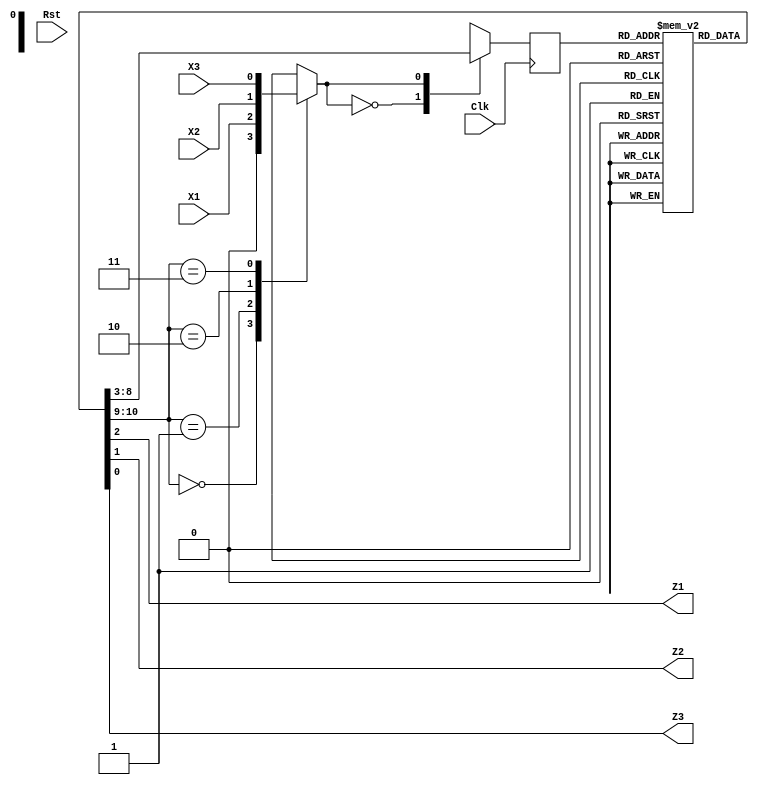
`timescale 1ns / 1ps
//////////////////////////////////////////////////////////////////////////////////
// Company: 
// Engineer: 
// 
// Design Name: 
// Module Name: HW3_SQTA_microprogram
// Project Name: 
// Target Devices: 
// Tool Versions: 
// Description: 
// 
// Dependencies: 
// 
// Revision:
// Revision 0.01 - File Created
// Additional Comments:
// 
//////////////////////////////////////////////////////////////////////////////////


module HW3_SQTA_microprogram( Clk, Rst, X1, X2, X3, Z1, Z2, Z3 );

input Clk, Rst, X1, X2, X3;
output Z1, Z2, Z3;
reg Z1, Z2, Z3;

//reg [0:10] LUT[0:6] = {11'b01001010000,
//                      11'b11110101100,
//                      11'b10011101000,
//                      11'b00100100010,
//                      11'b01000100100,
//                      11'b00000000001,
//                      11'b10101000010};
reg [10:0] LUT[0:6];
integer State;  
integer NextState;   
reg [1:0] TEST; 
reg [10:0] LUT_row;
reg select_input;         

initial begin
    LUT[0] = 11'b01001010000;
    LUT[1] = 11'b11110101100;
    LUT[2] = 11'b10011101000;
    LUT[3] = 11'b00100100010;
    LUT[4] = 11'b01000100100;
    LUT[5] = 11'b00000000001;
    LUT[6] = 11'b10101000010;
    State = 0;
    NextState = 0;
end

always @(X1 or X2 or X3) begin
    LUT_row = LUT[State];
    TEST = LUT_row[10:9];
    case(TEST)
        0: select_input = 1'b0;
        1: select_input = X1;
        2: select_input = X2;
        3: select_input = X3;
    endcase
    case(select_input)
        1'b0: NextState = LUT_row[8:6];
        1'b1: NextState = LUT_row[5:3];
    endcase
    Z1 = LUT_row[2];
    Z2 = LUT_row[1];
    Z3 = LUT_row[0];
end
                      
always @(posedge Clk) begin
    State <= NextState;
end

endmodule